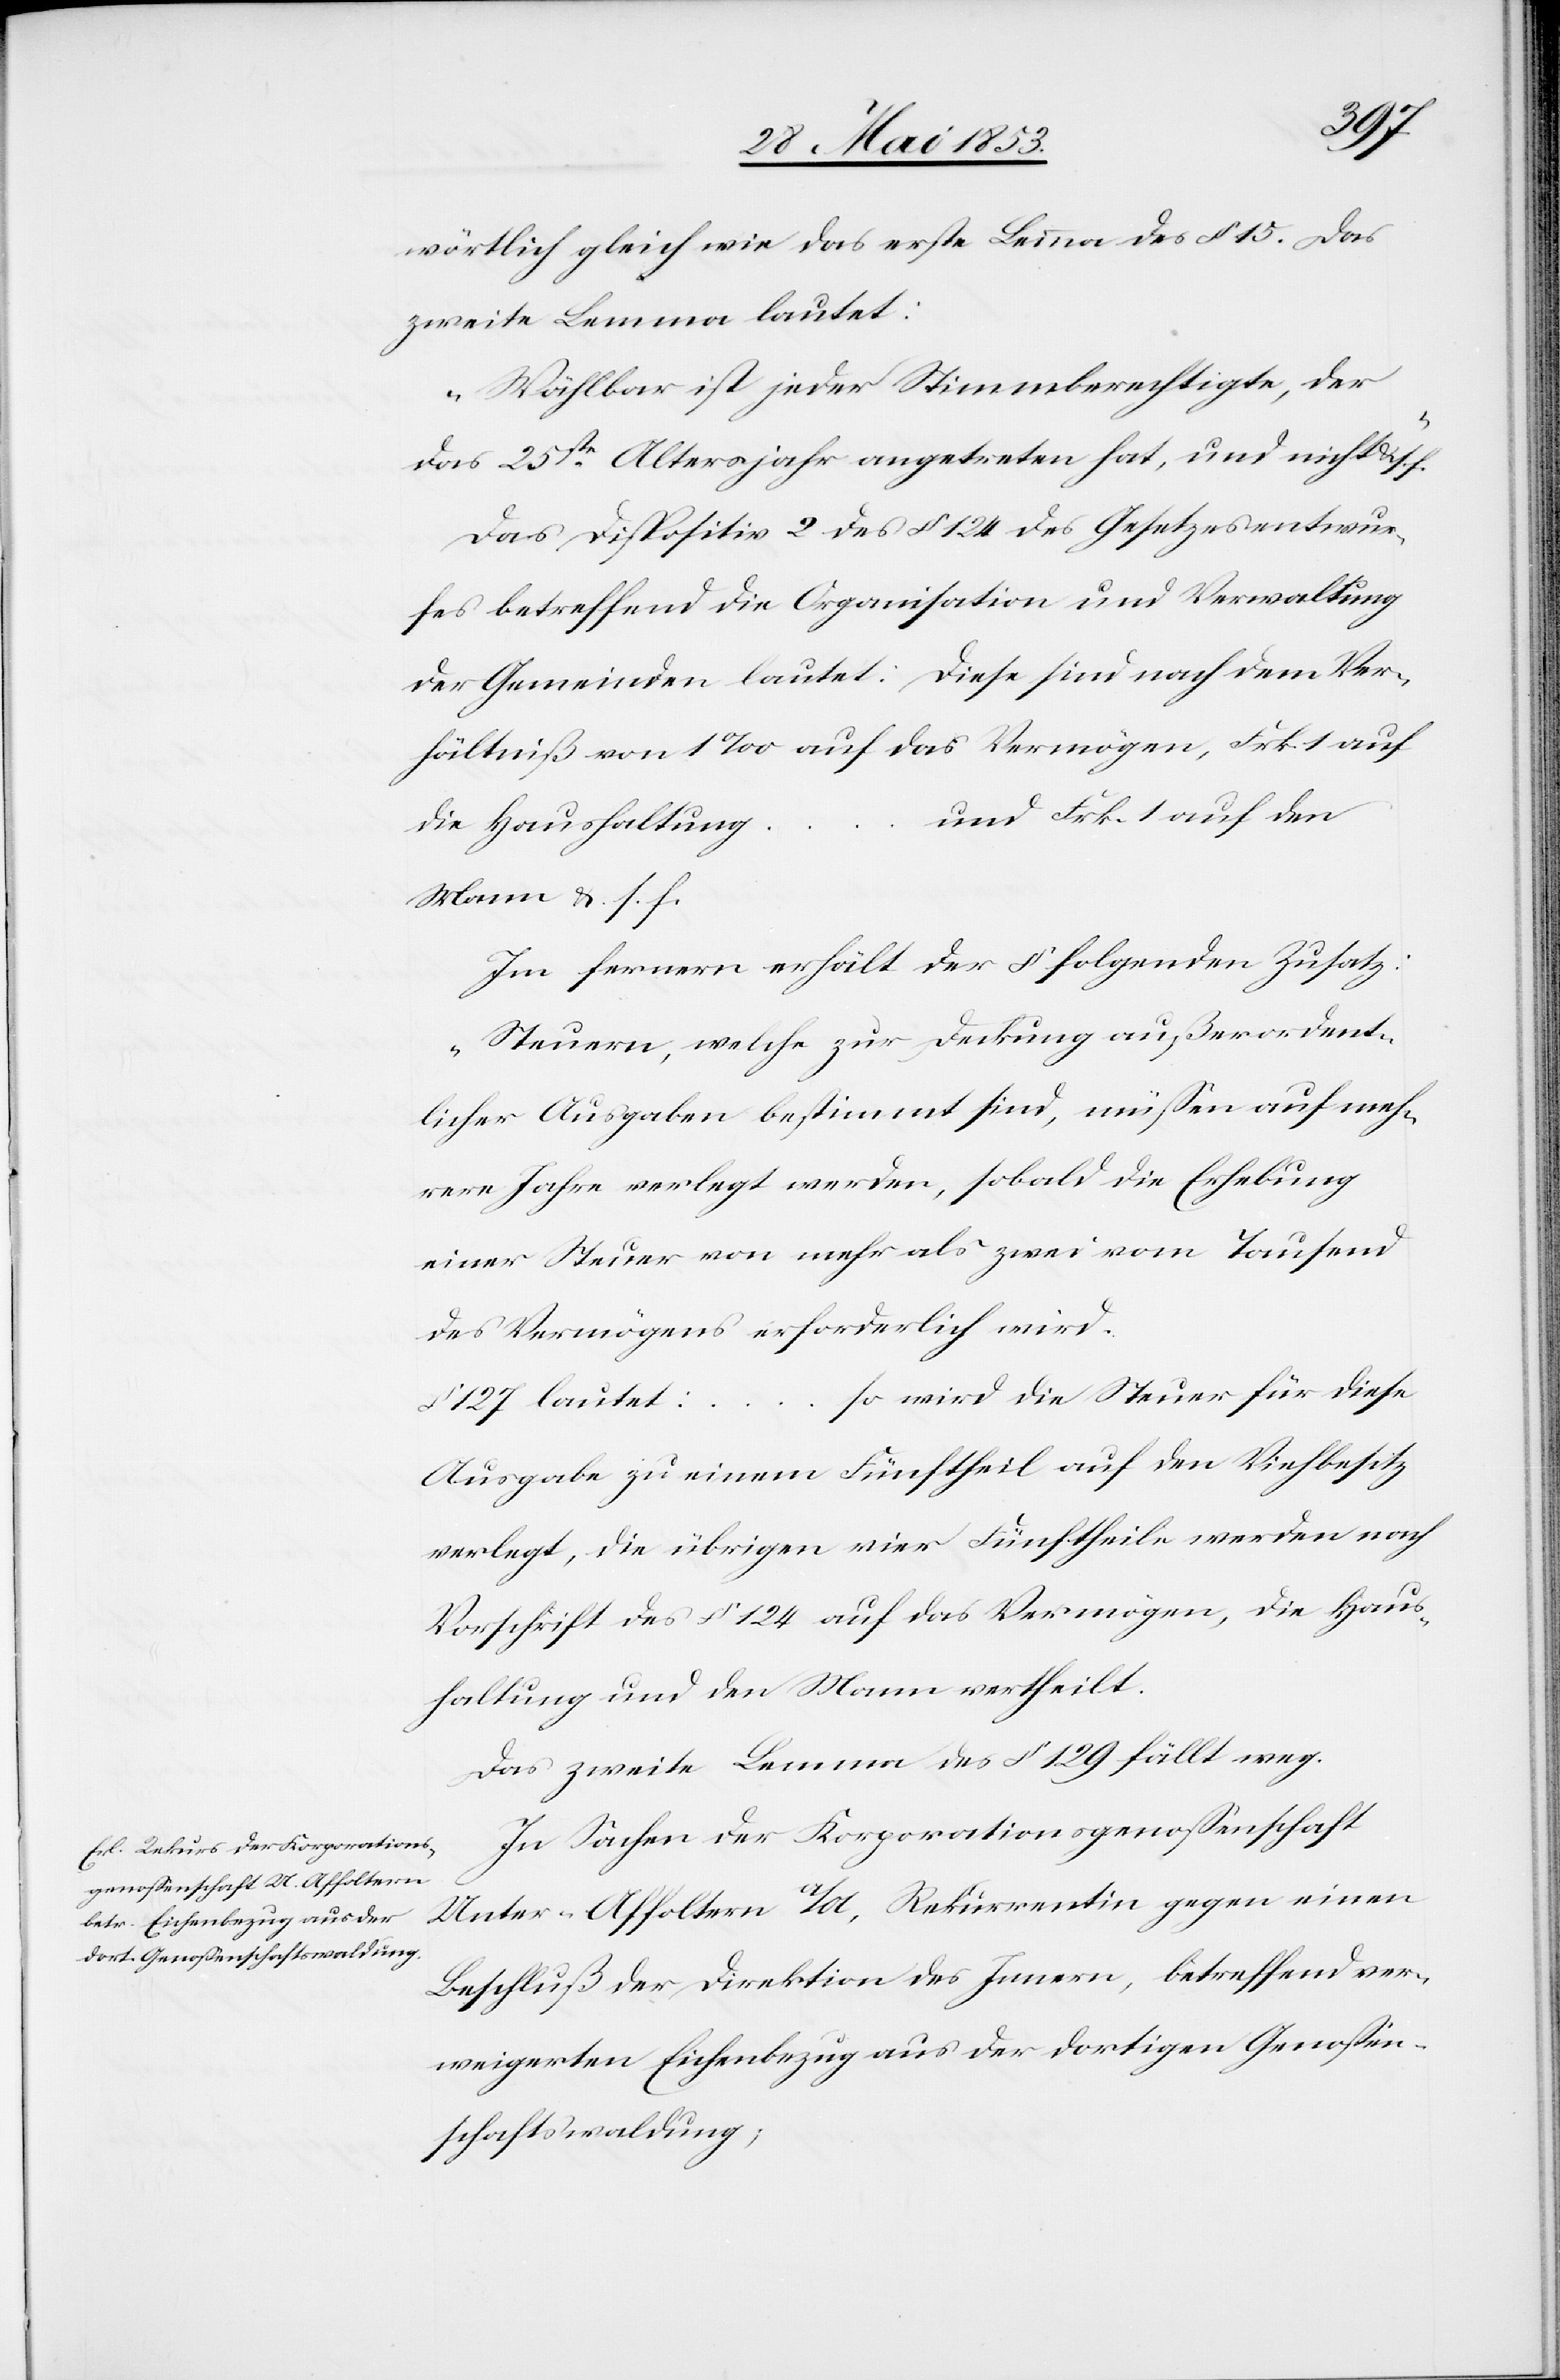
…
wörtlich gleich wie das erste Lemma des § 15. Das
zweite Lemma lautet:
„Wählbar ist jeder Stimmberechtigte, der
das 25ste. Altersjahr angetreten hat, und nicht u. s. f.“
Das Dispositiv 2 des § 124 des Gesetzesentwur¬
fes betreffend die Organisation und Verwaltung
der Gemeinden lautet: Diese sind nach dem Ver¬
hältniß von 1‰ auf das Vermögen, Frk. 1 auf
g…und Frk. 1 auf den
die Haushaltun¬
Mann u. s. f.
Im Innern erhält der § folgenden Zusatz:
„Steuern, welche zur Deckung außerordent¬
lichen Ausgaben bestimmt sind, müßen auf meh¬
rere Jahre verlegt werden, sobald die Erhebung
einer Steuer von mehr als zwei von Tausend
des Vermögens erforderlich wird.
so wird die Steuer für diese
§ 127 lautet:
Ausgabe zu einem Fünftheil auf den Viehbesitz
verlegt, die übrigen vier Fünftheile werden nach
Vorschrift des § 124 auf das Vermögen, die Haus¬
haltung und den Mann vertheilt.
Das zweite Lemma des § 129 fällt weg.
In Sachen der Korporationsgenoßenschaft
Unter-Affoltern a/A, Rekurrentin gegen einen
Beschluß der Direktion des Innern, betreffend ver¬
weigerten Eichenbezug der dortigen Genoßen¬
schaftswaldung;